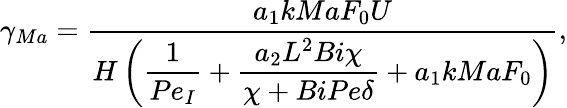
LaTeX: \gamma_{Ma}=\frac{a_{1}k{Ma}F_{0}U}{\displaystyle H\left(\frac{1}{Pe_{I}}+\frac{a_{2}L^{2}{Bi}\chi}{\chi+{Bi}{Pe}\delta}+a_{1}k{Ma}F_{0}\right)},